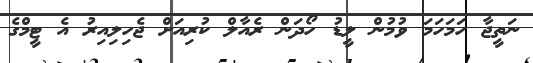
ނަތީޖާ ހަމަހަމަ ވުމުން ލީޑު ހޯދަން ރެއާލް ކުރިއަށް ޖެހިލިއިރު އެ ޓީމްގެ